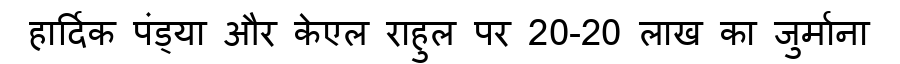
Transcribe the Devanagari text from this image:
हार्दिक पंड्या और केएल राहुल पर 20-20 लाख का जुर्माना